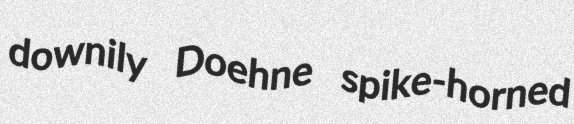
downily Doehne spike-horned